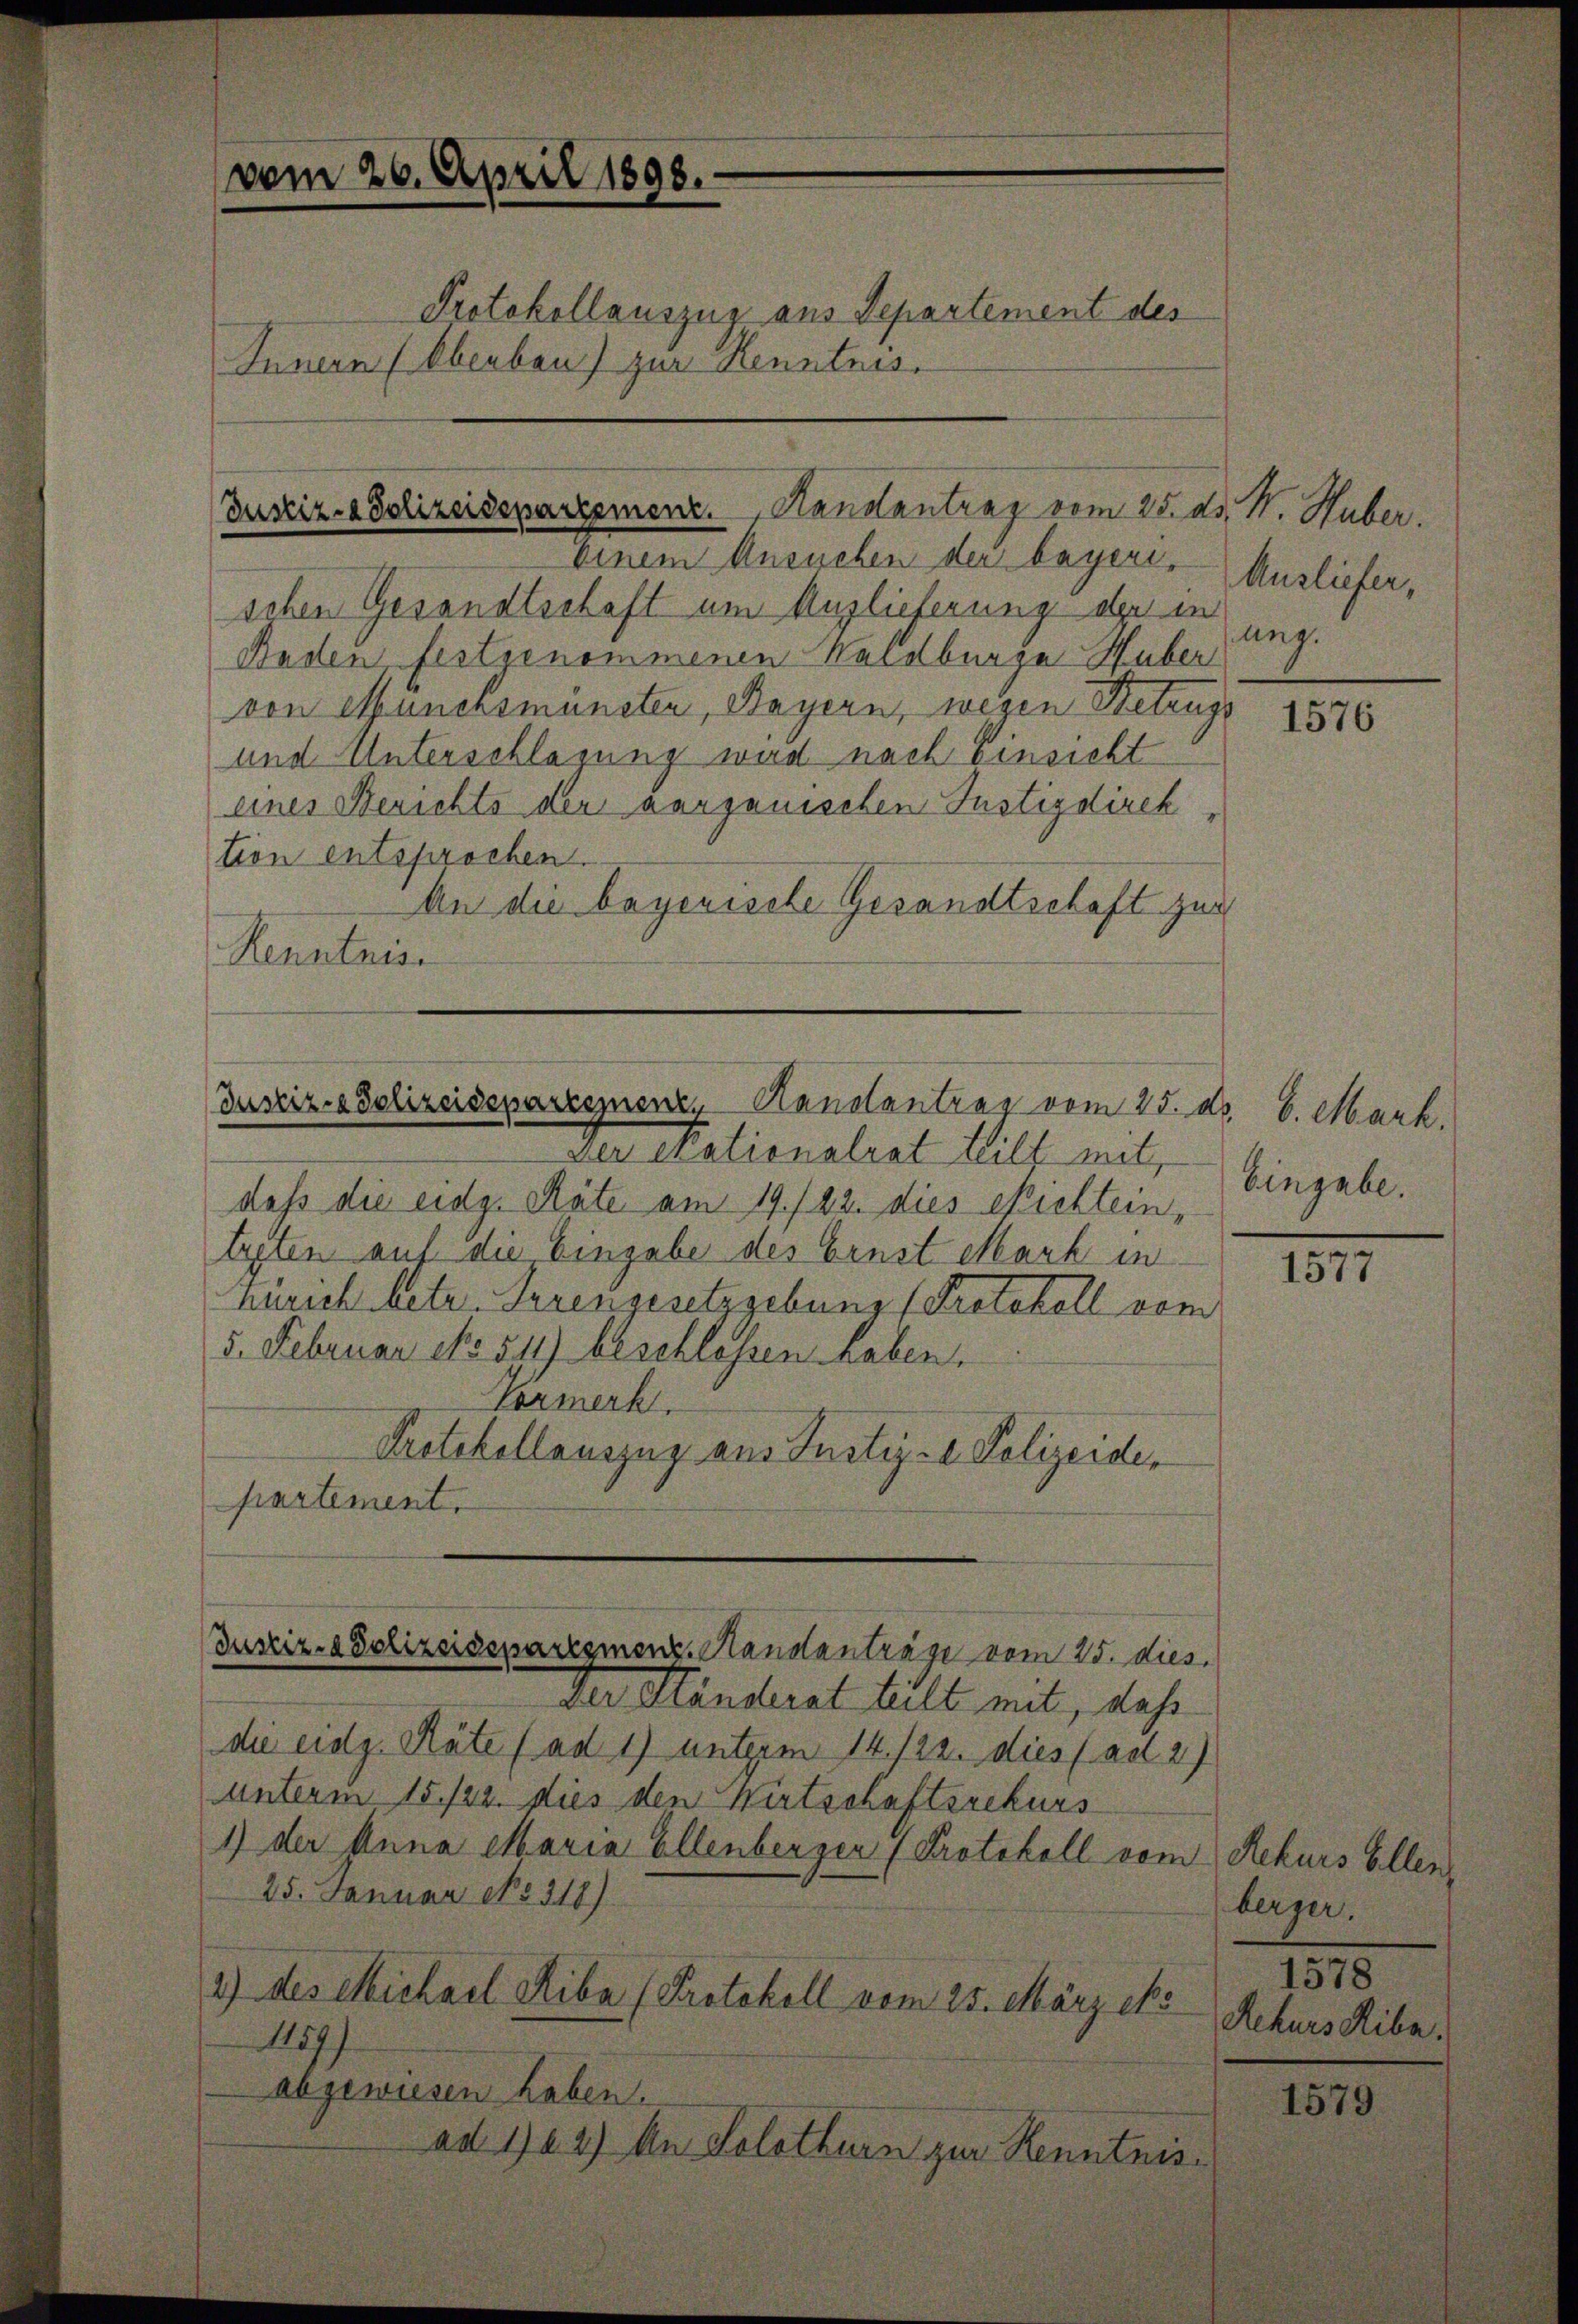
vom 26. April 1898.

Innern (Oberbau) zur Kenntnis.

Justiz- & Polizeidepartement. Handantrag vom 25. d.
einem Ansuchen der bayere. Ausliefer,

Protokollauszur aus Departement des

schen Gesandtschaft um Auslieferung der in
Baden, festgenommenen Waldburge Huber
von Munchsmünsten, Bayern, wegen Betrugs
und Unterschlagung wird nach Einsicht
eines Berichts der verganischen Justizdirek
tion entsprochen.
An die bayerische Gesandtschaft zur
Kenntnis.

Der Nationalrat hilf mit,
dass die eidg. Räte am 19./22. dies Nichtein,
lesten auf die Eingabe des Ernst Mark in
Zürich betr. Irrengesetzgebung (Protokoll vom
5. Februar No. 511) beschlossen haben.
Vormerk.
Protokollauszug aus Justiz- Polizeide,
partement.
Der Ständerat hält mit, dahe
die eidg. Räte / ad 1) unterm 14./22. dies (ad 2)
unterm 15./22. dies den Wirtschaftsrekurs
1) der Anna Maria Ellenberger (Protokoll vom Rekurs Ellen,
25. Januar No 318)
2) des Michael Riba (Protokoll vom 25. März eke
1157
abgewiesen haben.
ad 124) An Solothurn zur Kenntnis.

Justiz- & Polizeideparegnen, Hanstantrag vom 25. d.

Justiz- & Polizeidesaregmenz. Handanträge vom 25. dies

d. M. Huber.
ung.

1576

S. Mark.
Eingabe.

181

berger.
1578
Rekurs Ribe.

1579